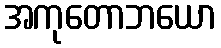
အကုတောဘယော